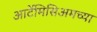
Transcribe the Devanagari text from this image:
आर्टेमिसिअमच्या